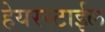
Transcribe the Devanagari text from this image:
हेयरस्टाईल